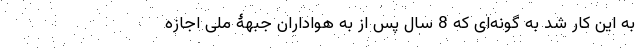
به این کار شد به گونه‌ای که 8 سال پس از به هواداران جبهۀ ملی اجازه